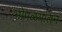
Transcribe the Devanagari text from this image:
भोपळ्यातनं